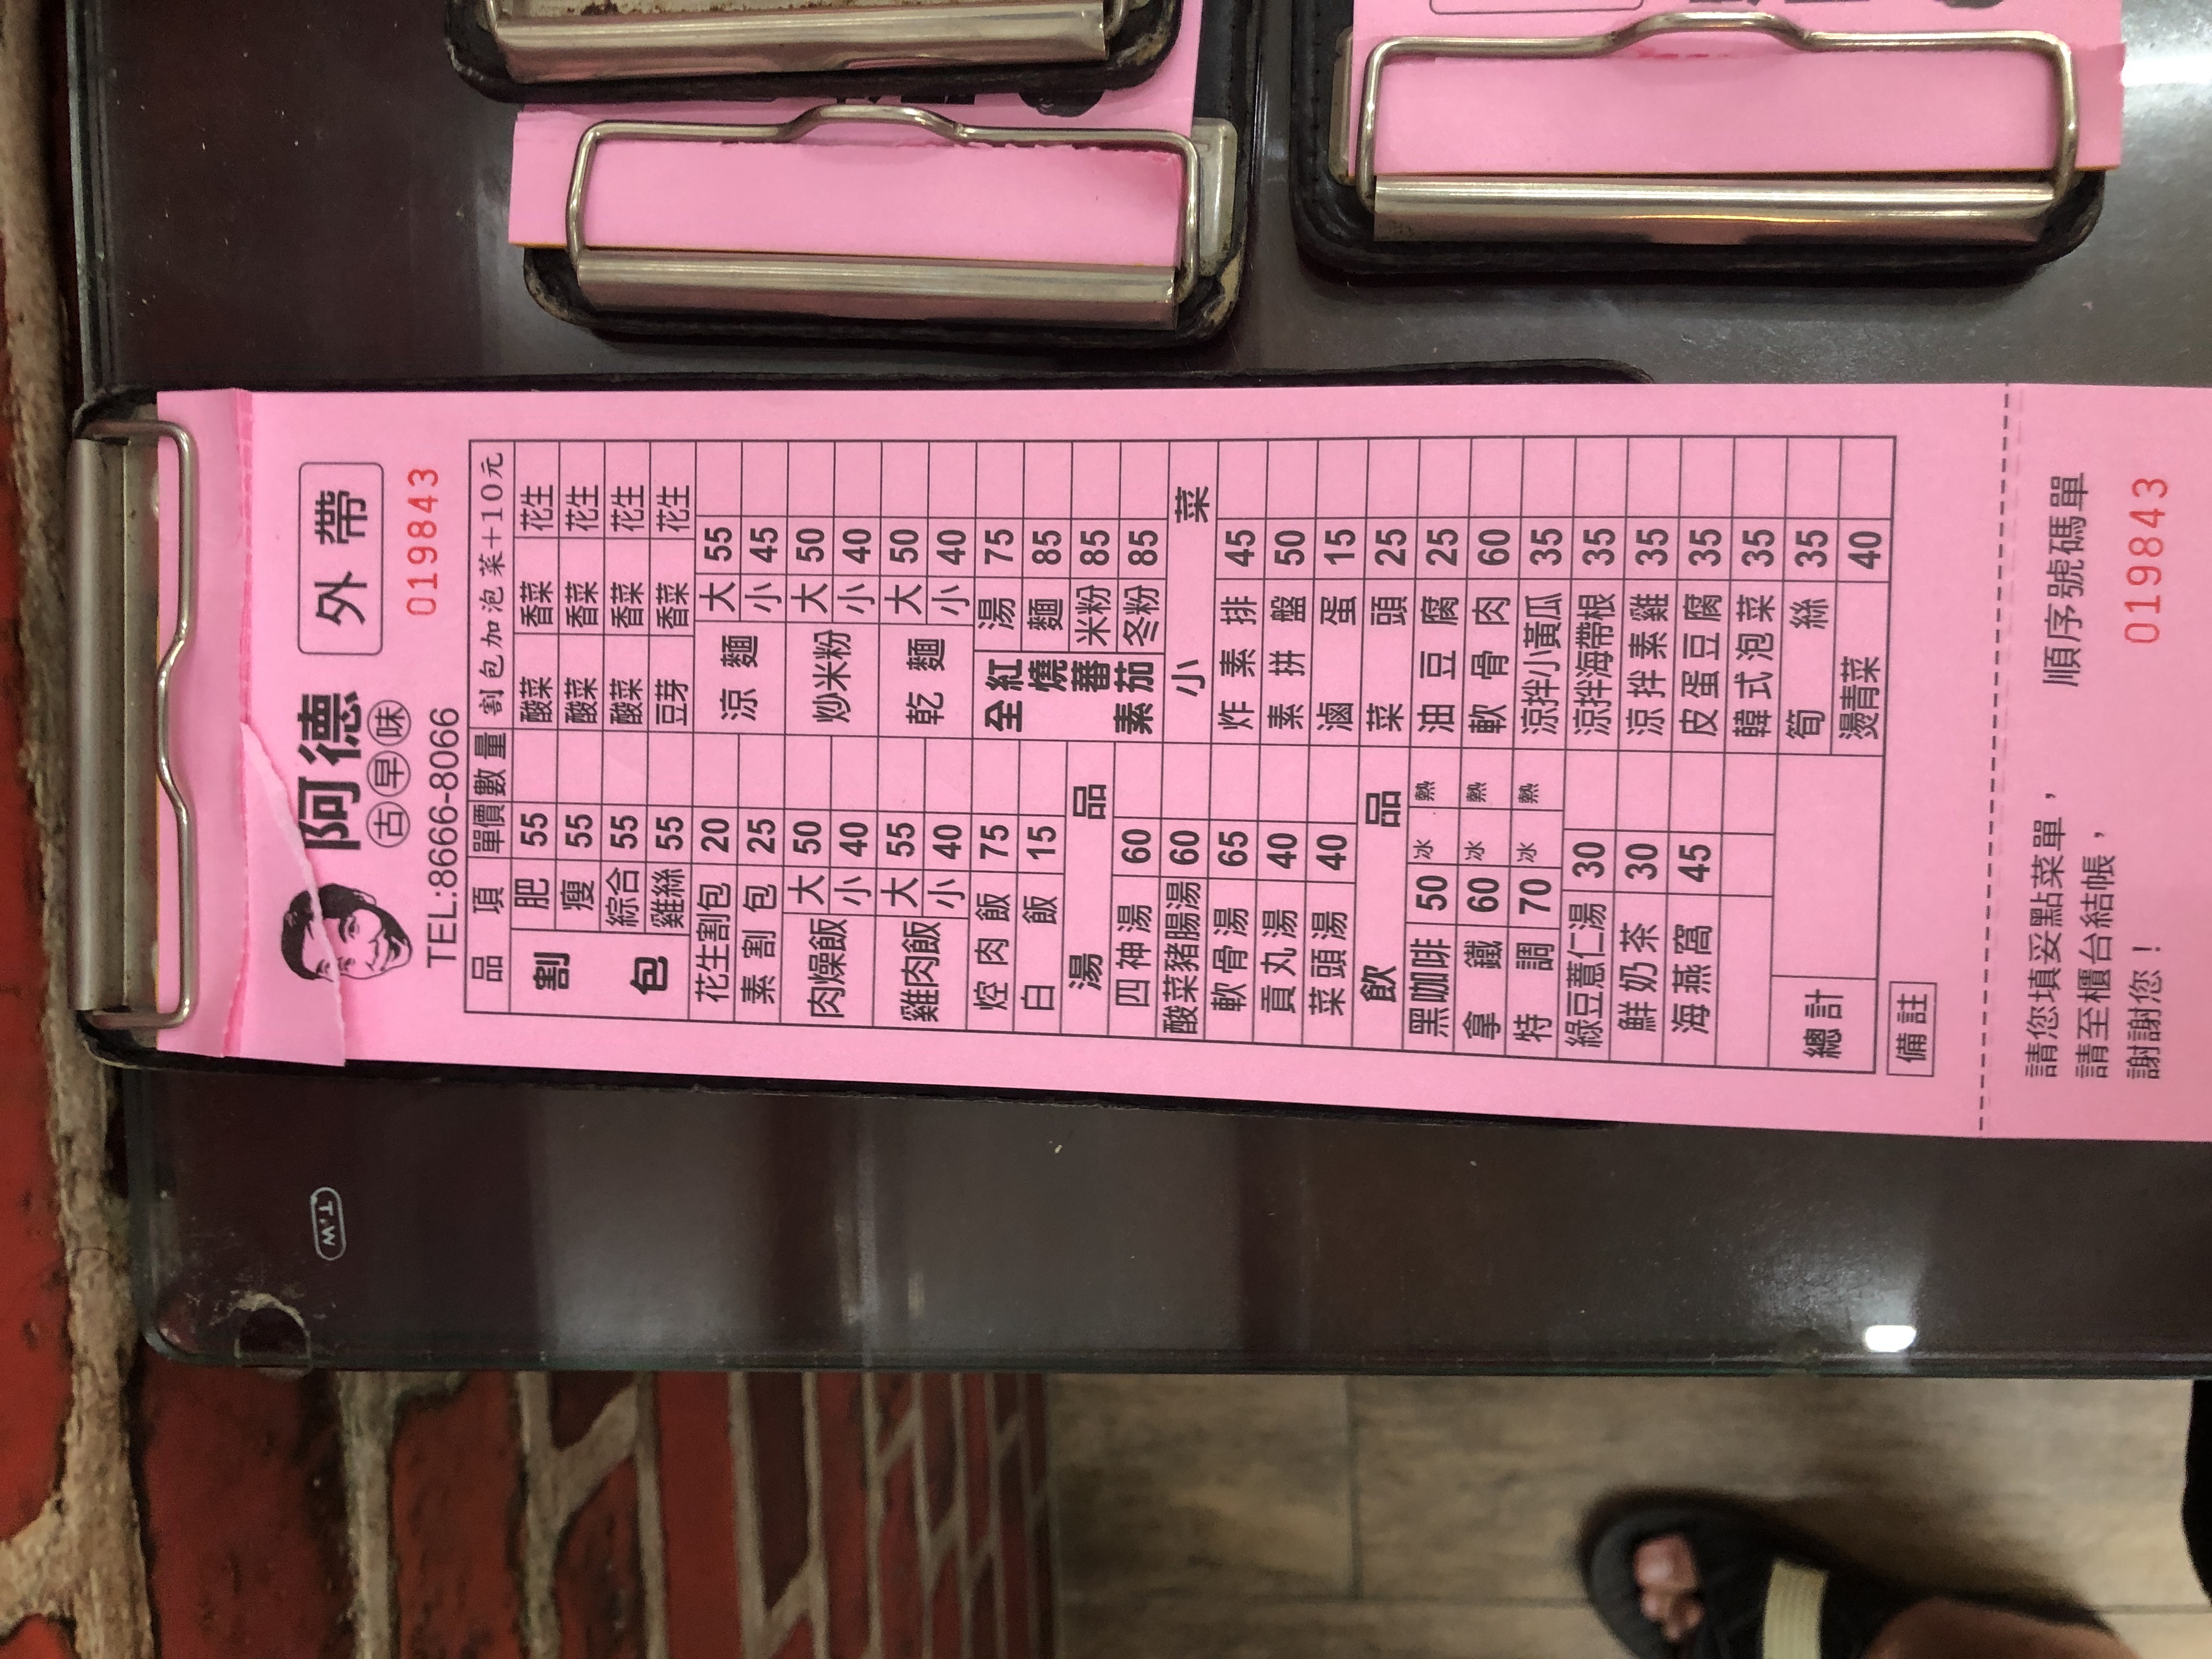
餐廳：阿德 (古早味)
電話：8666-8066
菜單：
name: 割包 瘦
price: 55
name: 割包 肥
price: 55
name: 割包 綜合
price: 55
name: 割包 雞絲
price: 55
name: 花生割包
price: 20
name: 素割包
price: 25
name: 肉燥飯 大
price: 50
name: 肉燥飯 小
price: 40
name: 雞肉飯 大
price: 55
name: 雞肉飯 小
price: 40
name: 白飯
price: 15
name: 涼麵 全紅
price: 75
name: 乾麵
price: 85
name: 炒米粉
price: 85
name: 四神湯
price: 60
name: 酸菜豬腸湯
price: 60
name: 軟骨湯
price: 65
name: 貢丸湯
price: 40
name: 菜頭湯
price: 40
name: 炸素排
price: 45
name: 滷蛋
price: 15
name: 滷豆腐
price: 25
name: 油豆腐
price: 25
name: 軟骨肉
price: 60
name: 涼拌海帶根
price: 30
name: 涼拌小黃瓜
price: 30
name: 涼拌素雞絲
price: 35
name: 皮蛋豆腐
price: 35
name: 韓式泡菜
price: 35
name: 筍
price: 35
name: 燙青菜
price: 40
name: 黑咖啡 熱
price: 50
name: 黑咖啡 冰
price: 50
name: 拿鐵 熱
price: 60
name: 拿鐵 冰
price: 60
name: 特調 熱
price: 70
name: 特調 冰
price: 70
name: 綠豆薏仁湯
price: 30
name: 鮮奶茶
price: 30
name: 海燕窩
price: 45